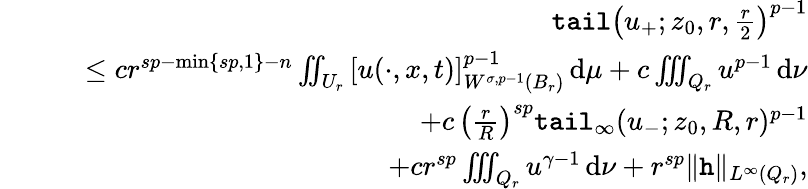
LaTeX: \begin{array}{rlr}&{}&{\textup{\texttt{tail}}\big(u_{+};z_{0},r,\frac{r}{2}\big)^{p-1}}\\ &{}&{\quad\leq cr^{sp-\operatorname*{min}\{ sp,1\} -n}\iint_{U_{r}}\, [u(\cdot,x,t)]_{W^{\sigma,p-1}(B_{r})}^{p-1}\, \mathrm{d}\mu+c\iiint_{Q_{r}}u^{p-1}\, \mathrm{d}\nu}\\ &{}&{\qquad+c\, \big(\frac{r}{R}\big)^{sp}\textup{\texttt{tail}}_{\infty}(u_{-};z_{0},R,r)^{p-1}}\\ &{}&{\qquad+cr^{sp}\iiint_{Q_{r}}u^{\gamma-1}\, \mathrm{d}\nu+r^{sp}\| \textup{\texttt{h}}\| _{L^{\infty}(Q_{r})},}\end{array}